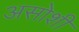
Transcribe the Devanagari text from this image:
असोशी